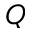
Q